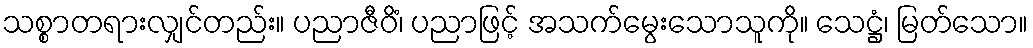
သစ္စာတရားလျှင်တည်း။ ပညာဇီဝိံ၊ ပညာဖြင့် အသက်မွေးသောသူကို။ သေဋ္ဌံ၊ မြတ်သော။